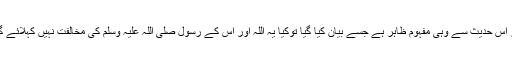
اگر اس حدیث سے وہی مفہوم ظاہر ہے جسے بیان کیا گیا توکیا یہ اللہ اور اس کے رسول صلی اللہ علیہ وسلم کی مخالفت نہیں کہلائے گی۔